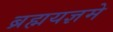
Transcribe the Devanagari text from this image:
ब्रह्मयज्ञमे